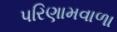
પરિણામવાળા